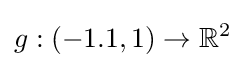
g:(-1.1,1)\to \mathbb {R} ^{2}